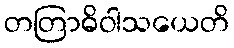
တတြာဓိဝါသယေတိ